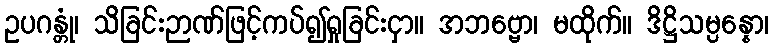
ဥပဂန္တုံ၊ သိခြင်းဉာဏ်ဖြင့်ကပ်၍ရှုခြင်းငှာ။ အဘဗ္ဗော၊ မထိုက်။ ဒိဋ္ဌိသမ္ပန္နော၊